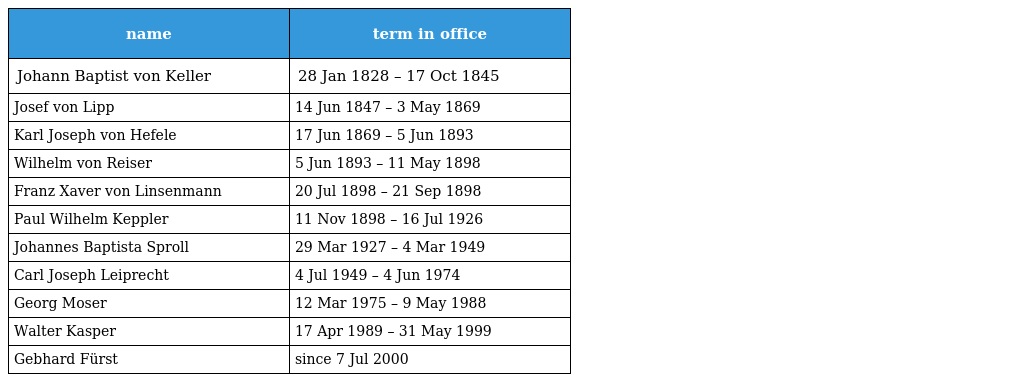
| name | term in office |
 | --- | --- |
 | Johann Baptist von Keller | 28 Jan 1828 – 17 Oct 1845 |
 | Josef von Lipp | 14 Jun 1847 – 3 May 1869 |
 | Karl Joseph von Hefele | 17 Jun 1869 – 5 Jun 1893 |
 | Wilhelm von Reiser | 5 Jun 1893 – 11 May 1898 |
 | Franz Xaver von Linsenmann | 20 Jul 1898 – 21 Sep 1898 |
 | Paul Wilhelm Keppler | 11 Nov 1898 – 16 Jul 1926 |
 | Johannes Baptista Sproll | 29 Mar 1927 – 4 Mar 1949 |
 | Carl Joseph Leiprecht | 4 Jul 1949 – 4 Jun 1974 |
 | Georg Moser | 12 Mar 1975 – 9 May 1988 |
 | Walter Kasper | 17 Apr 1989 – 31 May 1999 |
 | Gebhard Fürst | since 7 Jul 2000 |